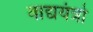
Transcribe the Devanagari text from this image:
वाद्ययंत्रो